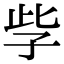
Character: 𡥎